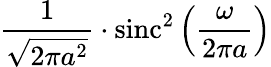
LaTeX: {\frac{1}{\sqrt{2\pi a^{2}}}}\cdot\operatorname{sinc}^{2}\left({\frac{\omega}{2\pi a}}\right)